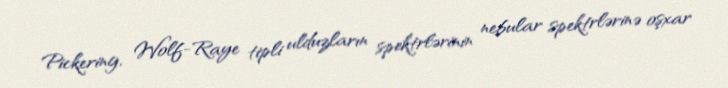
Pickering, Wolf-Raye tipli ulduzların spektrlərinin nebular spektrlərinə oşxar